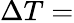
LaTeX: \Delta T=